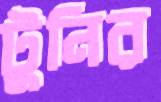
টুনির